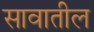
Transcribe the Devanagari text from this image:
सावातील